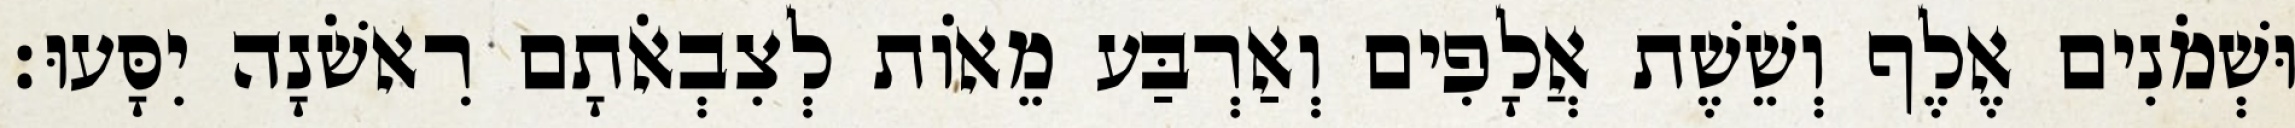
וּשְׁמֹנִים אֶלֶף וְשֵׁשֶׁת אֲלָפִים וְאַרְבַּע מֵאוֹת לְצִבְאֹתָם רִאשֹׁנָה יִסָּעוּ׃